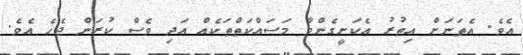
އެވެ. އެތަނަށް އިތުރު އެކަށީގެންވާ މަސައްކަތްތަކެއް އަދި ވެސް ކުރަން ޖެހެ އެވެ.